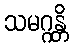
သမဂ္ဂန္တိ